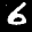
Label: 6